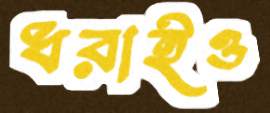
ধরাইও